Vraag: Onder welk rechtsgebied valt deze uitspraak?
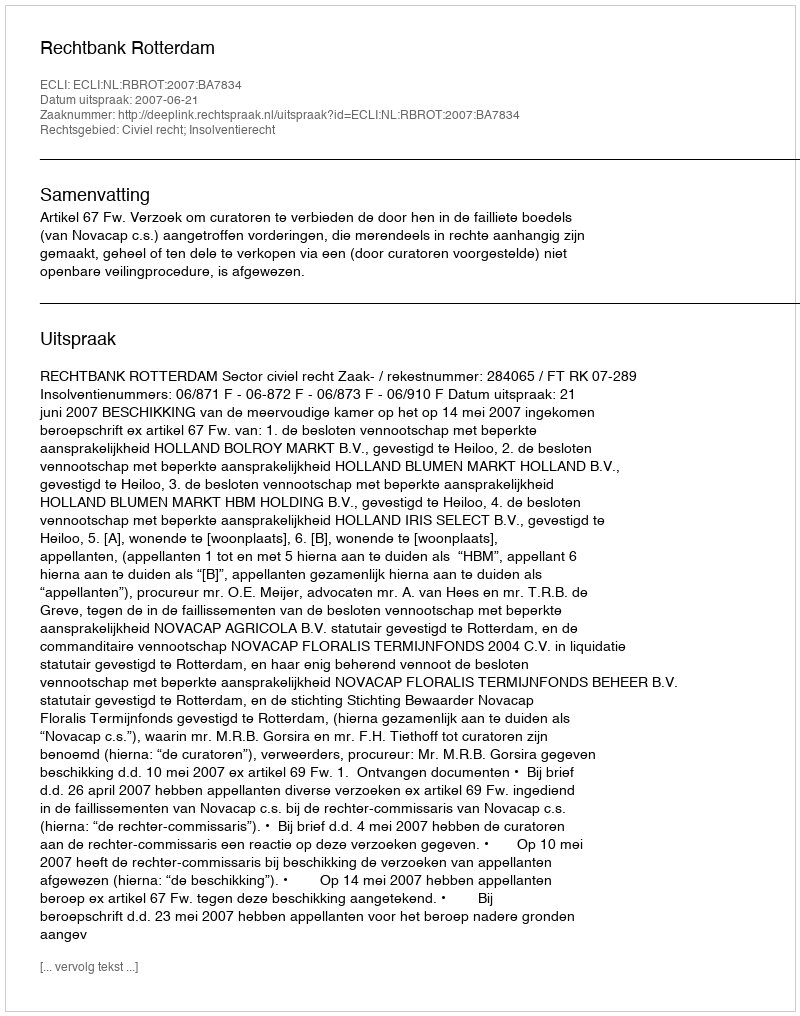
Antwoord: Civiel recht; Insolventierecht